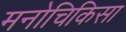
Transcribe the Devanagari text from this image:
मनोचिकिसा